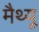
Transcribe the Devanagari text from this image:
मैथ्‍यू